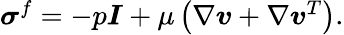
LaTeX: \begin{array}{r}{{\boldsymbol{\sigma}}^{f}=-p{\boldsymbol{I}}+\mu\left(\nabla{\boldsymbol{v}}+\nabla{\boldsymbol{v}}^{T}\right).}\end{array}